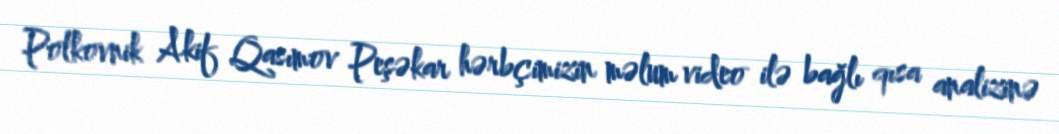
Polkovnik Akif Qasımov Peşəkar hərbçimizin məlum video ilə bağlı qısa analizinə